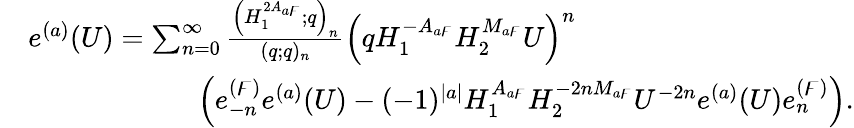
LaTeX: \begin{array}{rl}&{e^{(a)}(U)=\sum_{n=0}^{\infty}\frac{\left(H_{1}^{2A_{a\digamma}};q\right)_{n}}{(q;q)_{n}}\left(qH_{1}^{-A_{a\digamma}}H_{2}^{M_{a\digamma}}U\right)^{n}}\\ &{\qquad\qquad\qquad\left(e_{-n}^{(\digamma)}e^{(a)}(U)-(-1)^{|a|}H_{1}^{A_{a\digamma}}H_{2}^{-2nM_{a\digamma}}U^{-2n}e^{(a)}(U)e_{n}^{(\digamma)}\right).}\end{array}